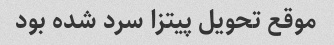
موقع تحویل پیتزا سرد شده بود